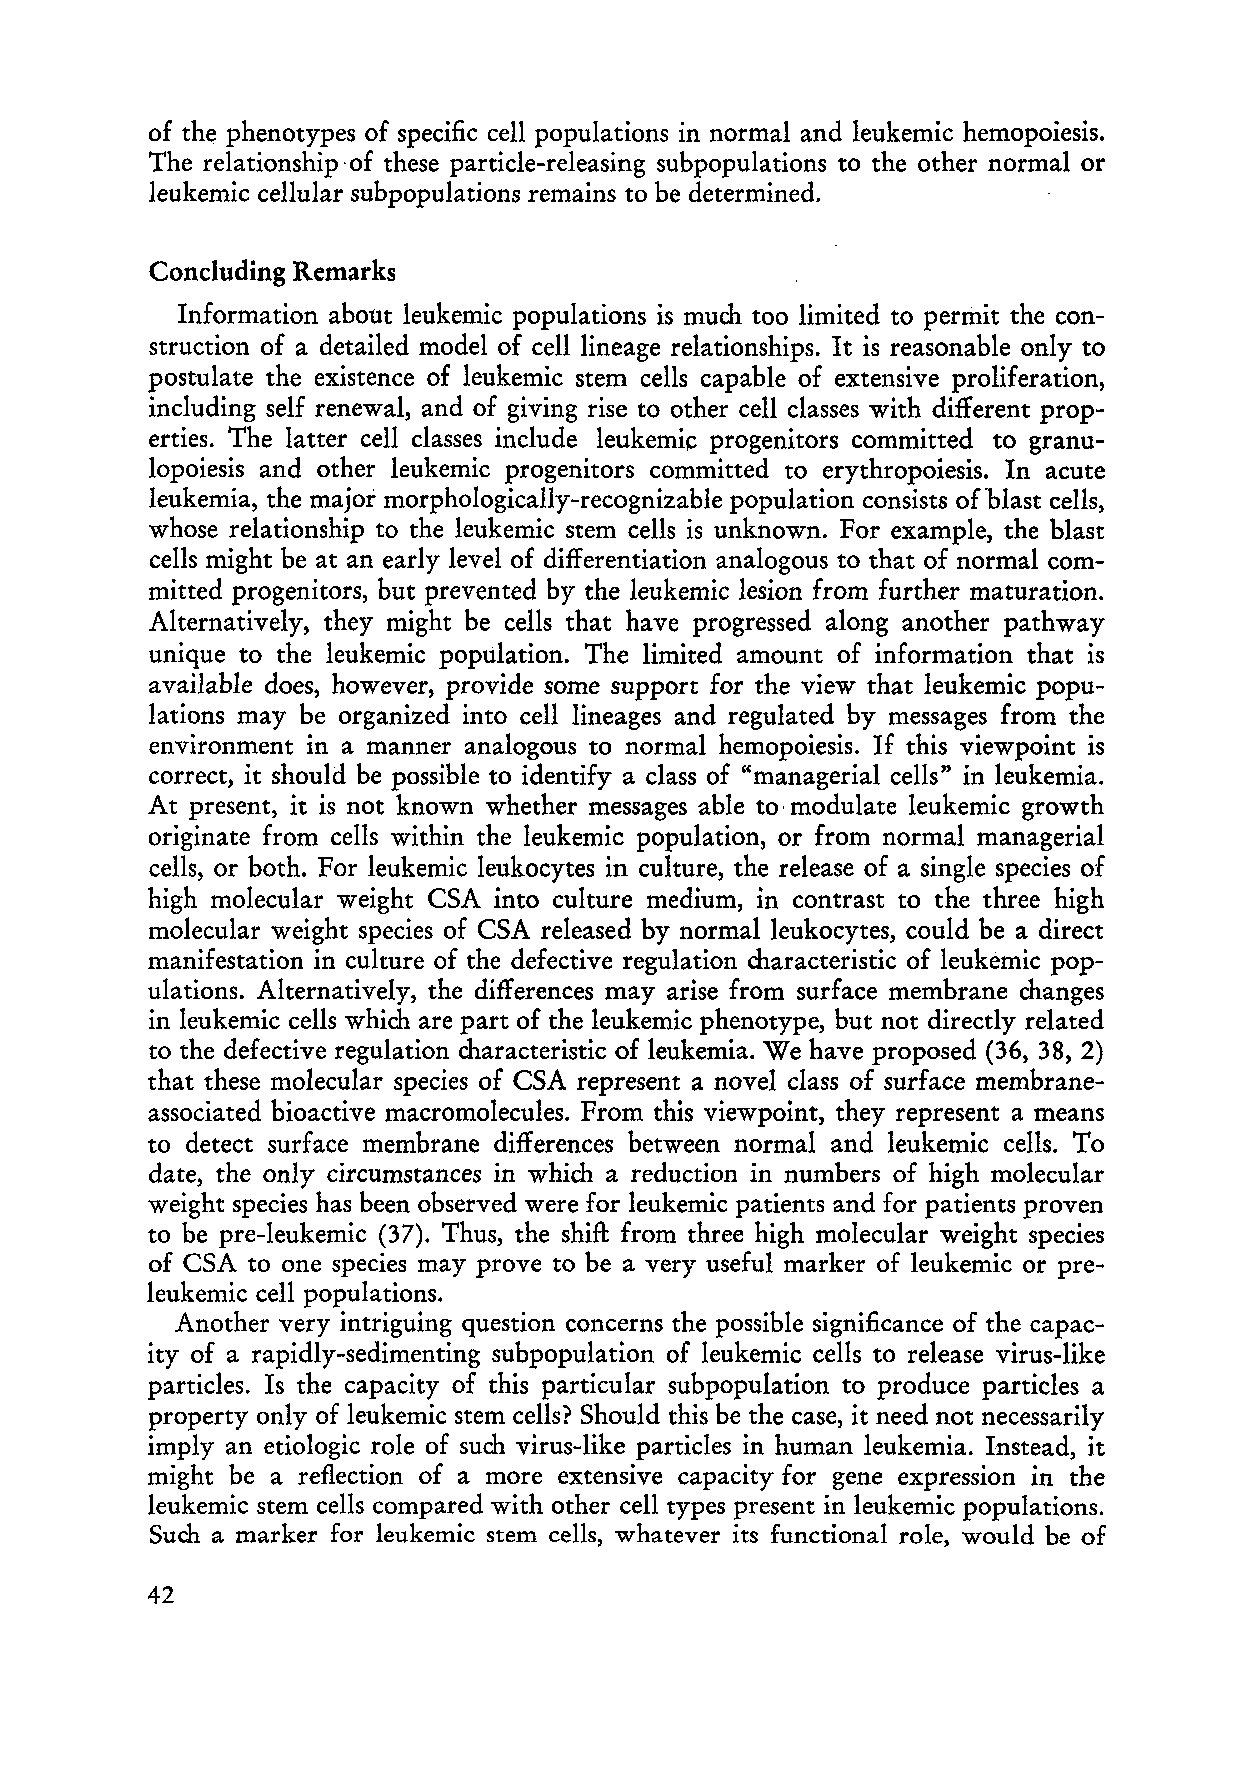
of the phenotypes of specific cell populations in normal and leukemic hemopoiesis.
 The relationship -of these particle-releasing subpopulations to the other normal or
 leukemic cellular subpopulations remains to be determined.
 Concluding Remarks
 Information about leukemic populations is much too limited to perrilit the con
 struction of a detailed model of celliineage relationships. It is reasonable only to
 postulate the existence of leukemic stern cells capable of extensive proliferation,
 including seH renewal, and of giving rise to other cell classes with different prop
 erties. The latter cell classes include leukemic progenitors committed to granu
 lopoiesis and other leukemic progenitors committed to erythropoiesis. In acute
 leukemia, the major morphologically-recognizable population consists of'blast cells,
 whose relationship to the leukemic stern cells is unknown. For example, the blast
 cells might be at an early level of differentiation analogous to that of normal com
 mitted progenitors, but prevented by the leukemic lesion from further maturation.
 Alternatively, they might be cells that have progressed along another pathway
 unique to the leukemic population. The limited amount of information that is
 available does, however, provide some support for the view that leukemic popu
 lations may be organized into cell lineages and regulated by messages from the
 environment in a manner analogous to normal hemopoiesis. If this viewpoint is
 correct, it should be possible to identify a class of "managerial cells" in leukemia.
 At present, it is not known whether messages able to· modulate leukemic growth
 originate from cells within the leukemic population, or frorn normal managerial
 cells, or both. For leukemic leukocytes in culture, the release of a single species of
 high rnolecular weight CSA into culture medium, in contrast to the three high
 molecular weight species of CSA released by normal leukocytes, could be a direct
 manifestation in culture of the defective regulation characteristic of leukemic pop
 ulations. Alternatively, the differences may arise from surface membrane changes
 in leukemic cells which are part of the leukemic phenotype, but not direct1y related
 to the defective regulation characteristic of leukemia. We have proposed (36, 38, 2)
 that these molecular species of CSA represent a novel class of surface membrane
 associated bioactive macromolecules. From this viewpoint, they represent a means
 to detect surface membrane differences between normal and leukernic cells. To
 date, the only circumstances in which a reduction in numbers of high molecular
 weight species has been observed were for leukemic patients and for patients proven
 to be pre-Ieukemic (37). Thus, the shift from three high molecular weight species
 of CSA to one species may prove to be a very useful marker of leukemic or pre
 leukemic cell populations.
 Another very intriguing question concerns the possible significance of the capac
 ity of a rapidly-sedimenting subpopulation of leukemic cells to release virus-like
 particles. Is the capacity of this particular subpopulation to produce particles a
 property only of leukemic stern cells? Should this be the case, it need not necessarily
 imply an etiologic role of such virus-like particles in human leukemia. Instead, it
 might be arefleetion of a more extensive capacity for gene expression in the
 leukemic stern cells cornpared with other cell types present in leukernic populations.
 Such a marker for leukemic stern cells, whatever its functional role, would be of
 42